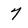
Character: 7